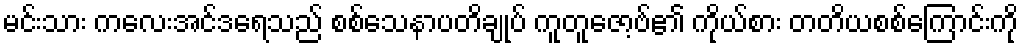
မင်းသား ကလေးအင်ဒရေသည် စစ်သေနာပတိချုပ် ကူတူဇော့ဗ်၏ ကိုယ်စား တတိယစစ်ကြောင်းကို